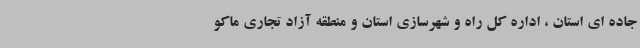
جاده ای استان ، اداره کل راه و شهرسازی استان و منطقه آزاد تجاری ماکو